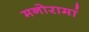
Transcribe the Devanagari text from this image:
मनोरामां